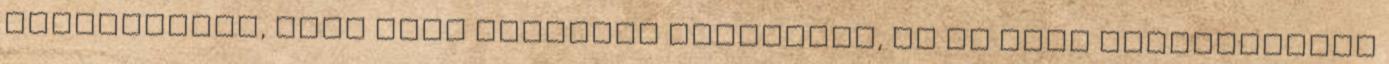
felnevettem, mire elég rendesen megnézett, de én csak legyintettem